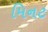
મિનટ